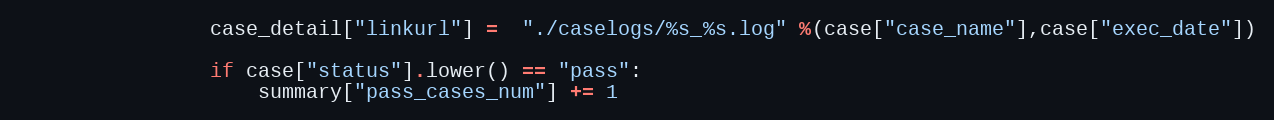
Language: Python
                case_detail["linkurl"] =  "./caselogs/%s_%s.log" %(case["case_name"],case["exec_date"])

                if case["status"].lower() == "pass":
                    summary["pass_cases_num"] += 1